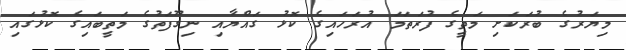
މިޔަރުގެ ބުރަކަށި މަތީގެ ފުރަތަމަ އުރަހައިގެ ކޮޅު ގައްޔާއި ނިގޫފަތުގެ މަތީބައިގެ ކޮޅުގައި